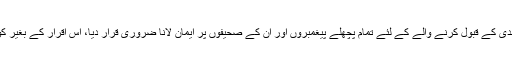
۴- مذہبی منافرت : اسلام نے پیغام محمدی کے قبول کرنے والے کے لئے تمام پچھلے پیغمبروں اور ان کے صحیفوں پر ایمان لانا ضروری قرار دیا، اس اقرار کے بغیر کوئی شخص مسلم تسلیم نہیں کیا جا سکتا۔